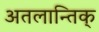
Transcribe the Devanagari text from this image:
अतलान्तिक्